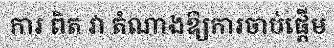
ការ ពិត វា តំណាងឱ្យការចាប់ផ្តើម